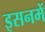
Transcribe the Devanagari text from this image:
इसनमें